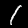
Digit: 1